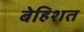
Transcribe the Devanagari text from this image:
बेहिशत